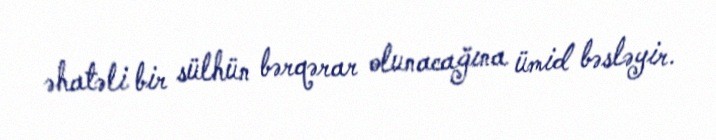
əhatəli bir sülhün bərqərar olunacağına ümid bəsləyir.